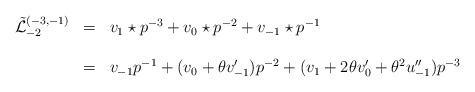
LaTeX: \begin{align*}\begin{array}{lcl}\tilde {\mathcal L }_{-2}^{(-3,-1)}&=& {v_{1}\star p}^{-3} +v_{0}\star p^{-2} +v_{-1}\star p^{-1}\\\\&=& v_{-1}{p}^{-1} +(v_{0}+\theta v'_{-1})p^{-2} +(v_{1}+2\theta v'_{0}+\theta^{2} u''_{-1})p^{-3}\end{array}\end{align*}